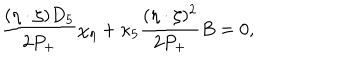
\frac { ( \eta \cdot \zeta ) D _ { 5 } } { 2 P _ { + } } \chi _ { \eta } + \kappa _ { 5 } \frac { ( \eta \cdot \zeta ) ^ { 2 } } { 2 P _ { + } } B = 0 ,